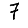
Digit: 7